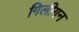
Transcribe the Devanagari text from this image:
गिलीगन